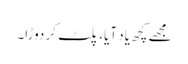
مجھے کچھ یاد آیا، پلٹ کر دوڑا۔